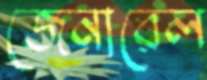
জেনারেল